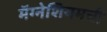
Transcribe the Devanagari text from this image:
मॅग्नेशियमची